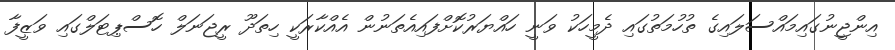
އިންޖީނުގައިމައްސަލައިގެ ތުހުމަތުގައި ދެމީހަކު ވަނީ ހައްޔަރުކޮށްފައިއެތަނުން އެއްކާރަކީ ހިތަދޫ ރީޖަނަލް ހޮސްޕިޓަލްގައި ވަޒީފާ